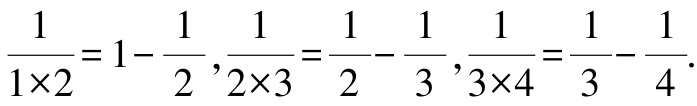
$\frac{1}{1\times2}=1-\frac{1}{2},\frac{1}{2\times3}=\frac{1}{2}-\frac{1}{3},\frac{1}{3\times4}=\frac{1}{3}-\frac{1}{4}.$